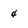
Character: 4